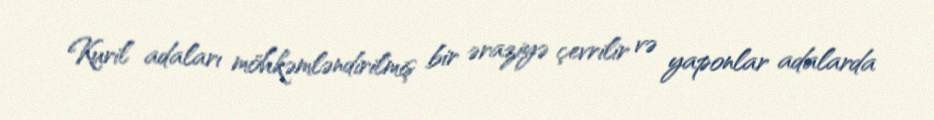
Kuril adaları möhkəmləndirilmiş bir əraziyə çevrilir və yaponlar adalarda